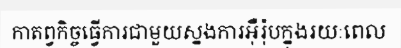
កាតព្វកិច្ចធ្វើការជាមួយស្នងការអ៊ឺរ៉ុបក្នុងរយៈពេល